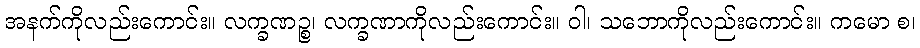
အနက်ကိုလည်းကောင်း။ လက္ခဏဉ္စ၊ လက္ခဏာကိုလည်းကောင်း။ ဝါ၊ သဘောကိုလည်းကောင်း။ ကမော စ၊